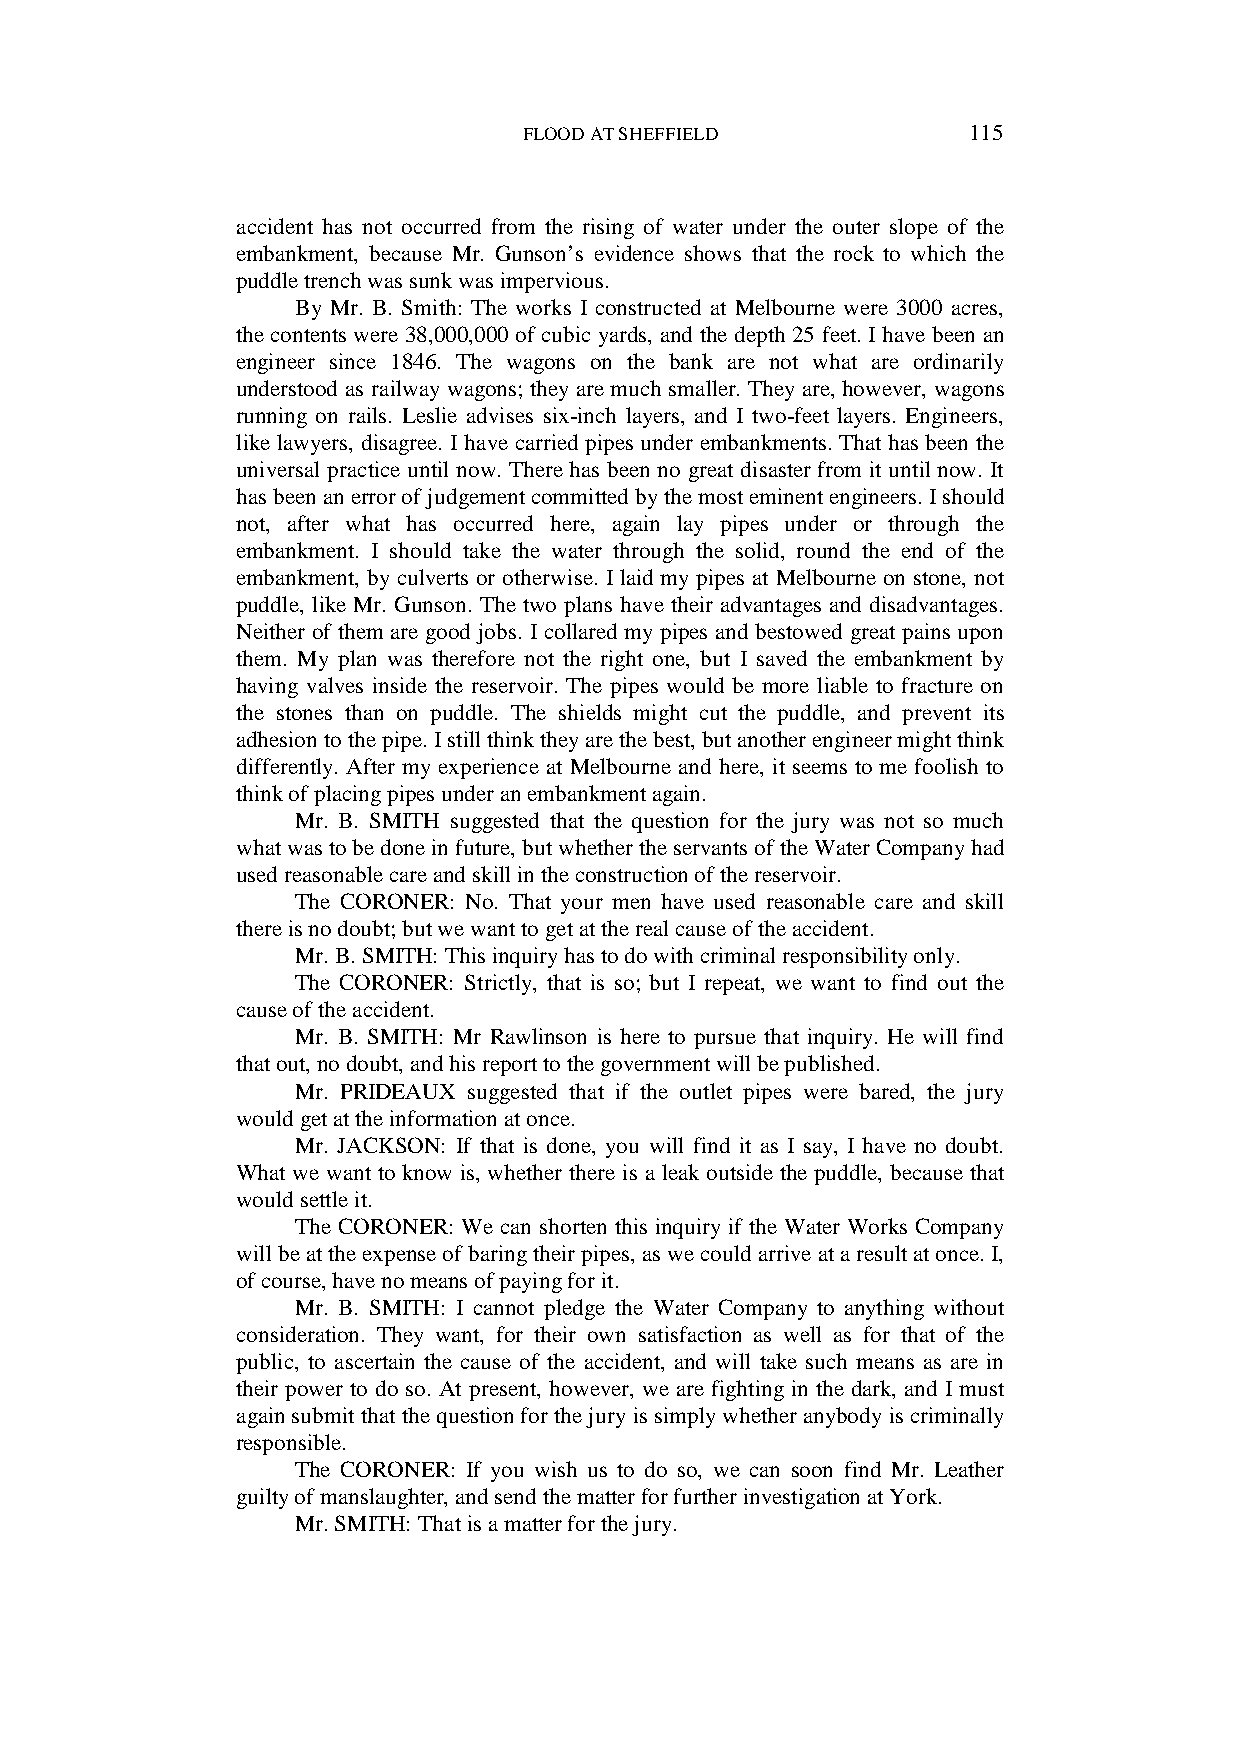
FLOOD AT SHEFFIELD           115
 accident has not occurred from the rising of water under the outer slope of the
 embankment, because Mr. Gunson’s evidence shows that the rock to which the
 puddle trench was sunk was impervious.
 By Mr. B. Smith: The works I constructed at Melbourne were 3000 acres,
 the contents were 38,000,000 of cubic yards, and the depth 25 feet. I have been an
 engineer since 1846. The wagons on the bank are not what are ordinarily
 understood as railway wagons; they are much smaller. They are, however, wagons
 running on rails. Leslie advises six-inch layers, and I two-feet layers. Engineers,
 like lawyers, disagree. I have carried pipes under embankments. That has been the
 universal practice until now. There has been no great disaster from it until now. It
 has been an error of judgement committed by the most eminent engineers. I should
 not, after what has occurred here, again lay pipes under or through the
 embankment. I should take the water through the solid, round the end of the
 embankment, by culverts or otherwise. I laid my pipes at Melbourne on stone, not
 puddle, like Mr. Gunson. The two plans have their advantages and disadvantages.
 Neither of them are good jobs. I collared my pipes and bestowed great pains upon
 them. My plan was therefore not the right one, but I saved the embankment by
 having valves inside the reservoir. The pipes would be more liable to fracture on
 the stones than on puddle. The shields might cut the puddle, and prevent its
 adhesion to the pipe. I still think they are the best, but another engineer might think
 differently. After my experience at Melbourne and here, it seems to me foolish to
 think of placing pipes under an embankment again.
 Mr. B. SMITH suggested that the question for the jury was not so much
 what was to be done in future, but whether the servants of the Water Company had
 used reasonable care and skill in the construction of the reservoir.
 The CORONER: No. That your men have used reasonable care and skill
 there is no doubt; but we want to get at the real cause of the accident.
 Mr. B. SMITH: This inquiry has to do with criminal responsibility only.
 The CORONER: Strictly, that is so; but I repeat, we want to find out the
 cause of the accident.
 Mr. B. SMITH: Mr Rawlinson is here to pursue that inquiry. He will find
 that out, no doubt, and his report to the government will be published.
 Mr. PRIDEAUX suggested that if the outlet pipes were bared, the jury
 would get at the information at once.
 Mr. JACKSON: If that is done, you will find it as I say, I have no doubt.
 What we want to know is, whether there is a leak outside the puddle, because that
 would settle it.
 The CORONER: We can shorten this inquiry if the Water Works Company
 will be at the expense of baring their pipes, as we could arrive at a result at once. I,
 of course, have no means of paying for it.
 Mr. B. SMITH: I cannot pledge the Water Company to anything without
 consideration. They want, for their own satisfaction as well as for that of the
 public, to ascertain the cause of the accident, and will take such means as are in
 their power to do so. At present, however, we are fighting in the dark, and I must
 again submit that the question for the jury is simply whether anybody is criminally
 responsible.
 The CORONER: If you wish us to do so, we can soon find Mr. Leather
 guilty of manslaughter, and send the matter for further investigation at York.
 Mr. SMITH: That is a matter for the jury.